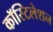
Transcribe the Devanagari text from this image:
कॉस्टिलेशन